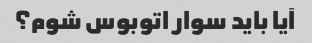
آیا باید سوار اتوبوس شوم؟